Indian journal of veterinary science and animal husbandry - Volumes 18-21, 1948-1951
Year: 1948
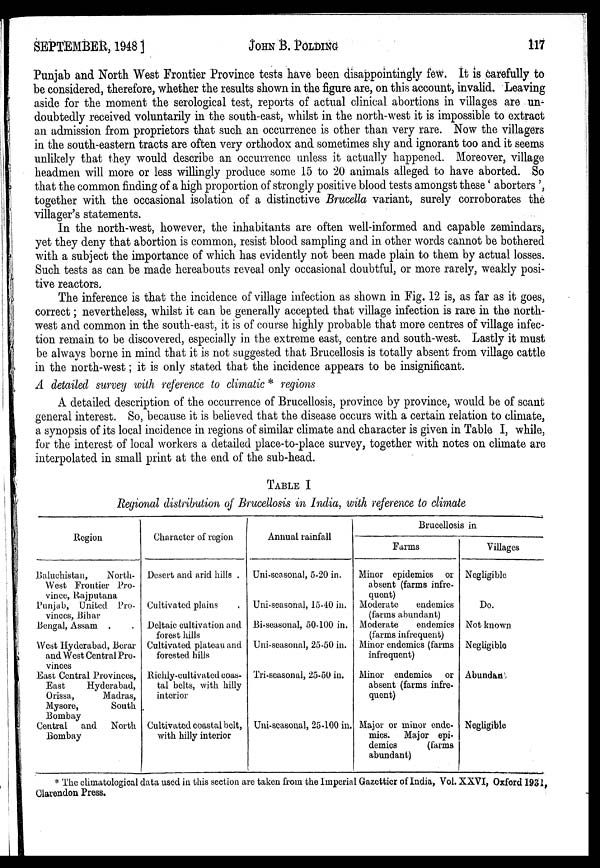
SEPTEMBER, 1948 ]
JOHN
B.
POLDING
117
Punjab and North West Frontier Province tests have been disappointingly few. It is carefully to
be considered, therefore, whether the results shown in the figure are, on this account, invalid. Leaving
aside for the moment the serological test, reports of actual clinical abortions in villages are un-
doubtedly received voluntarily in the south-east, whilst in the north-west it is impossible to extract
an admission from proprietors that such an occurrence is other than very rare. Now the villagers
in the south-eastern tracts are often very orthodox and sometimes shy and ignorant too and it seems
unlikely that they would describe an occurrence unless it actually happened. Moreover, village
headmen will more or less willingly produce some 15 to 20 animals alleged to have aborted. So
that the common finding of a high proportion of strongly positive blood tests amongst these 'aborters',
together with the occasional isolation of a distinctive Brucella variant, surely corroborates the
villager's statements.
In the north-west, however, the inhabitants are often well-informed and capable zemindars,
yet they deny that abortion is common, resist blood sampling and in other words cannot be bothered
with a subject the importance of which has evidently not been made plain to them by actual losses.
Such tests as can be made hereabouts reveal only occasional doubtful, or more rarely, weakly posi-
tive reactors.
The inference is that the incidence of village infection as shown in Fig. 12 is, as far as it goes,
correct; nevertheless, whilst it can be generally accepted that village infection is rare in the north-
west and common in the south-east, it is of course highly probable that more centres of village infec-
tion remain to be discovered, especially in the extreme east, centre and south-west. Lastly it must
be always borne in mind that it is not suggested that Brucellosis is totally absent from village cattle
in the north-west; it is only stated that the incidence appears to be insignificant.
A detailed survey with reference to climatic * regions
A detailed description of the occurrence of Brucellosis, province by province, would be of scant
general interest. So, because it is believed that the disease occurs with a certain relation to climate,
a synopsis of its local incidence in regions of similar climate and character is given in Table I, while,
for the interest of local workers a detailed place-to-place survey, together with notes on climate are
interpolated in small print at the end of the sub-head.
TABLE I
Regional distribution of Brucellosis in India, with reference to climate
Region
Baluchistan,
North-
West Frontier Pro-
vince, Rajputana
Punjab, United Pro-
vinces, Bihar
Bengal, Assam . .
West Hyderabad, Berar
and West Central Pro-
vinces
East Central Provinces,
East
Hyderabad,
Orissa,
Madras,
Mysore, South
Bombay
Central and North
Bombay
Character of region
Desert and arid hills .
Cultivated plains .
Deltaic cultivation and
forest hills
Cultivated plateau and
forested hills
Richly-cultivated coas-
tal belts, with hilly
interior
Cultivated coastal belt,
with hilly interior
Annual rainfall
Uni-seasonal, 5-20 in.
Uni-seasonal, 15-40 in.
Bi-seasonal, 50-100 in.
Uni-seasonal, 25-50 in.
Tri-seasonal, 25-50 in.
Uni-seasonal, 25-100 in.
Brucellosis in
Farms
Minor epidemics or
absent (farms infre¬
quent)
Moderate
endemics
(farms abundant)
Moderate
endemics
(farms infrequent)
Minor endemics (farms
infrequent)
Minor endemics or
absent (farms infre¬
quent)
Major or minor ende¬
mics. Major epi¬
demics
(farms
abundant)
Villages
Negligible
Do.
Not known
Negligible
Abundant
Negligible
* The climatological data used in this section are taken from the Imperial Gazettier of India, Vol. XXVI, Oxford 1931.
Clarendon Press.